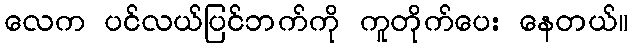
လေက ပင်လယ်ပြင်ဘက်ကို ကူတိုက်ပေး နေတယ်။